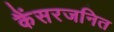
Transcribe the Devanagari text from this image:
कैंसरजनित